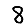
Digit: 8